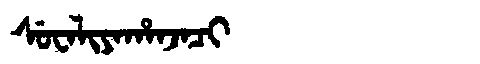
Manchu: ᠰᡠᠸᠠᠯᡳᠶᠠᡥᠠᠨᠵᠠᠴᡳ
Romanization: SUWALIYAHANJACI